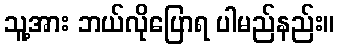
သူ့အား ဘယ်လိုပြောရ ပါမည်နည်း။